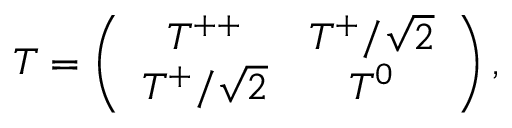
T = \left( \begin{array} { c c c } { { T ^ { + + } } } & { { T ^ { + } / \sqrt { 2 } } } \\ { { T ^ { + } / \sqrt { 2 } } } & { { T ^ { 0 } } } \end{array} \right) ,